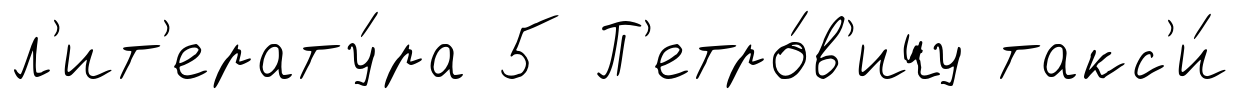
л'ит'ерату́ра 5 П'етро́в'ичу такс'и́